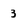
Character: 3